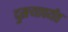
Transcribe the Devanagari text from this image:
दुसऱ्यापर्यंत